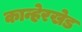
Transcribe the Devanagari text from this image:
कान्हेरखेड